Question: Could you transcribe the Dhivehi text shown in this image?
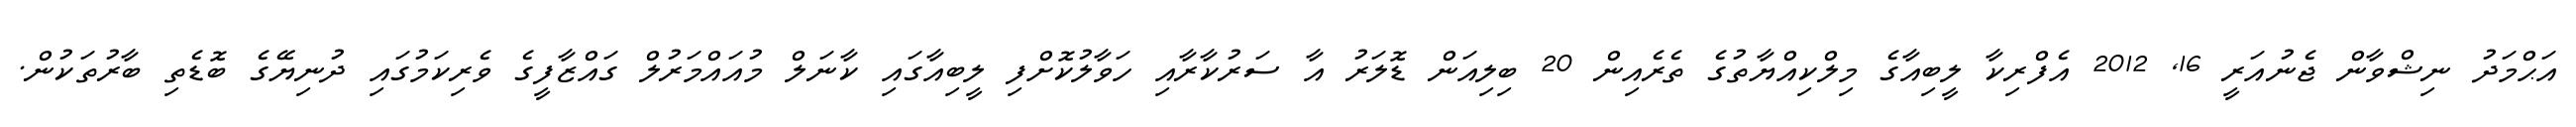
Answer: އަޙްމަދު ނިޝްވާން ޖެނުއަރީ 16, 2012 އެފްރިކާ ލީބިއާގެ މިލްކިއްޔާތުގެ ތެރެއިން 20 ބިލިއަން ޑޮލަރު އާ ސަރުކާރާއި ހަވާލުކޮށްފި ލީބިއާގައި ކާނަލް މުއައްމަރުލް ގައްޒާފީގެ ވެރިކަމުގައި ދުނިޔޭގެ ބޮޑެތި ބާރުތަކުން.